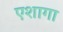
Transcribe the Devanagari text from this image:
एशागा